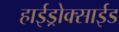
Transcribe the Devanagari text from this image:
हाईड्रोक्साईड